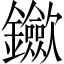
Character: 𨰇